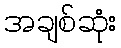
အချစ်ဆုံး